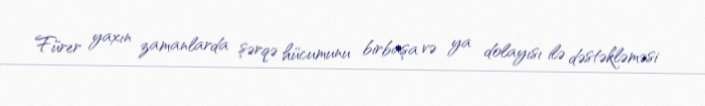
Fürer yaxın zamanlarda şərqə hücumunu birbaşa və ya dolayısı ilə dəstəkləməsi